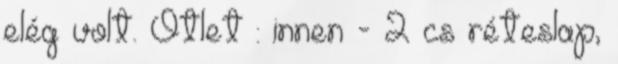
elég volt. Ötlet : innen - 2 cs réteslap,